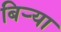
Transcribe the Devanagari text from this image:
बिर्‍या